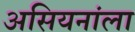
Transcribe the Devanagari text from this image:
असियनांला